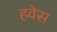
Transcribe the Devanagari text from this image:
हवेस